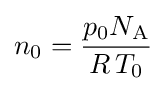
n_{0}={\frac {p_{0}N_{\rm {A}}}{R\,T_{0}}}